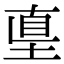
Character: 𡌴